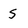
Character: S